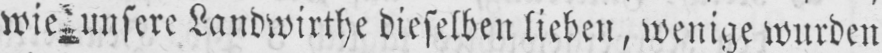
wie unsere Landwirthe dieselben lieben, wenige wurden